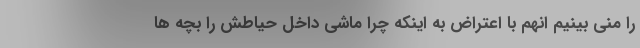
را منی بینیم انهم با اعتراض به اینکه چرا ماشی داخل حیاطش را بچه ها